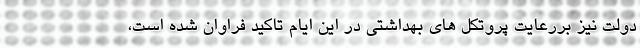
دولت نیز بررعایت پروتکل های بهداشتی در این ایام تاکید فراوان شده است،